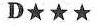
D★★★